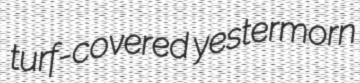
turf-covered yestermorn